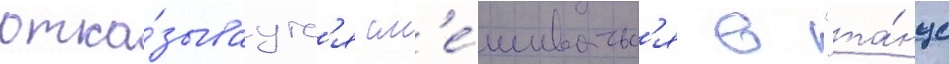
отка́зываутс'я см'е́шиватьс'я в "та́нце